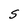
Character: S